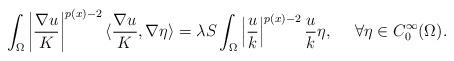
LaTeX: \begin{align*} \int_{\Omega} \left| \frac{\nabla u}{K} \right|^{p(x)-2} \langle \frac{\nabla u}{K} , \nabla \eta \rangle = \lambda S \int_{\Omega} \left| \frac{ u}{k} \right|^{p(x)-2} \frac{u}{k} \eta, \quad\,\, \forall\eta \in C^{\infty}_0 (\Omega).\end{align*}